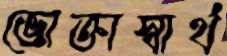
ভোক্তাস্বার্থ